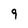
Character: 9